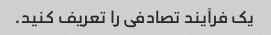
یک فرآیند تصادفی را تعریف کنید.